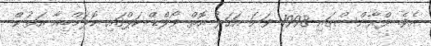
އެވެ. ފްރާންސްގައި 1998 ވަނަ އަހަރު އޮތް ވޯލްޑް ކަޕްގައި ކޮލަމްބިއާ އަތުން